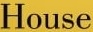
House